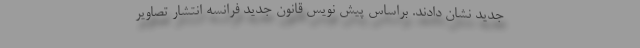
جدید نشان دادند. براساس پیش نویس قانون جدید فرانسه انتشار تصاویر